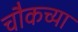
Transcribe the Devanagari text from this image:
चौकच्या